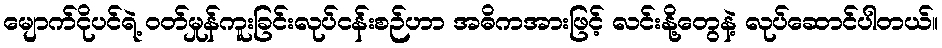
မျောက်ငိုပင်ရဲ့ ဝတ်မှုန်ကူးခြင်းလုပ်ငန်းစဉ်ဟာ အဓိကအားဖြင့် လင်းနို့တွေနဲ့ လုပ်ဆောင်ပါတယ်။